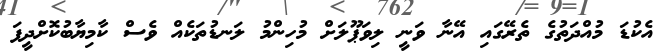
އެކުޑަ މުއްދަތުގެ ތެރޭގައި އޭނާ ވަނީ ލިވަޕޫލަށް މުހިންމު ލަނޑުތަކެއް ވެސް ކާމިޔާބުކޮށްދީފަ